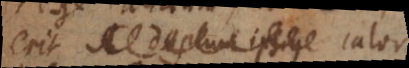
erit A duplum ipsius calor